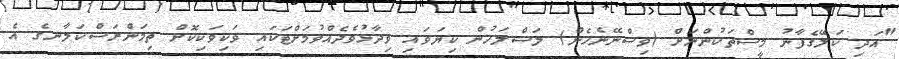
"އަދި ކަލޭގެފާނު މީސްތަކުންނަށް (ވިސްނޭނެހެން) ލަސްލަހުން ކިޔަވައި ވިދާޅުވެދެއްވުމަށްޓަކައި ވަކިވަކިކޮށް ތިމަންރަސްކަލާނގެ އެ